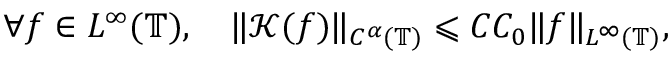
\forall f \in L ^ { \infty } ( \mathbb { T } ) , \quad \| \mathcal { K } ( f ) \| _ { C ^ { \alpha } ( \mathbb { T } ) } \leqslant C C _ { 0 } \| f \| _ { L ^ { \infty } ( \mathbb { T } ) } ,